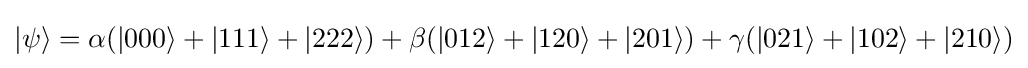
|\mathrm {\psi } \rangle =\alpha (|000\rangle +|111\rangle +|222\rangle )+\beta (|012\rangle +|120\rangle +|201\rangle )+\gamma (|021\rangle +|102\rangle +|210\rangle )